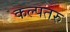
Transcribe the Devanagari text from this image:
कल्‍पतरु